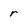
Character: r